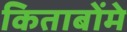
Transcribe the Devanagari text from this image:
किताबोंमे